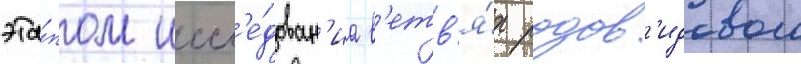
эта́пом иссл'е́дован'иа в'етв'я́х родов'идового